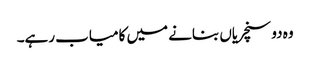
وہ دو سنچریاں بنانے میں کامیاب رہے۔